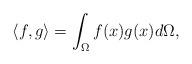
LaTeX: \begin{align*} \langle f,g \rangle = \int_{\Omega}{f(x)g(x)d\Omega},\end{align*}